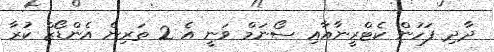
ދާދި ފަހުން ކެޓްރީނާއާއި ސޯނަމް ވަނީ އެ 2 ތަރިން އެންޑޯޒް ކުރާ